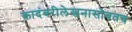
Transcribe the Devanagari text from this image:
कादंबरीलेखनासोबतच